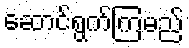
ဆောင်ရွက်ကြမည်